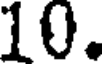
10.